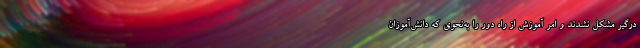
درگیر مشکل نشدند و امر آموزش از راه دور را به‌نحوی که دانش‌آموزان